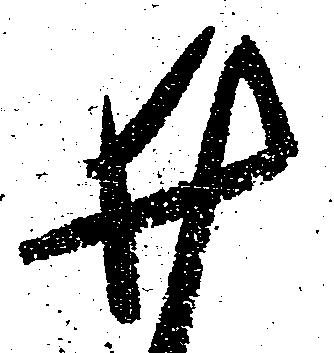
井